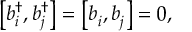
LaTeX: \left[ b _ { i } ^ { \dagger } , b _ { j } ^ { \dagger } \right] = \left[ b _ { i } ^ { \, } , b _ { j } ^ { \, } \right] = 0 ,